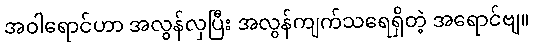
အဝါရောင်ဟာ အလွန်လှပြီး အလွန်ကျက်သရေရှိတဲ့ အရောင်ဗျ။